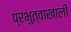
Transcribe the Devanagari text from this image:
प्रभुत्वाखाली